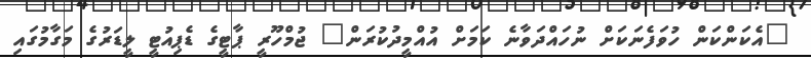
"އެކަންކަން ހުވަފެނަކަށް ނުހައްދަވާނެ ކަމަށް އުއްމީދުކުރަން" ޖުމްހޫރީ ޕާޓީގެ ޑެޕިއުޓީ ލީޑަރުގެ މަގާމުގައި